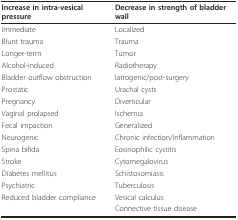
<table><thead><tr><td><b>Increase in intra-vesical pressure</b></td><td><b>Decrease in strength of bladder wall</b></td></tr></thead><tbody><tr><td>Immediate</td><td>Localized</td></tr><tr><td>Blunt trauma</td><td>Trauma</td></tr><tr><td>Longer-term</td><td>Tumor</td></tr><tr><td>Alcohol-induced</td><td>Radiotherapy</td></tr><tr><td>Bladder outflow obstruction</td><td>Iatrogenic/post-surgery</td></tr><tr><td>Prostatic</td><td>Urachal cysts</td></tr><tr><td>Pregnancy</td><td>Diverticular</td></tr><tr><td>Vaginal prolapsed</td><td>Ischemia</td></tr><tr><td>Fecal impaction</td><td>Generalized</td></tr><tr><td>Neurogenic</td><td>Chronic infection/inflammation</td></tr><tr><td>Spina bifida</td><td>Eosinophilic cystitis</td></tr><tr><td>Stroke</td><td>Cytomegalovirus</td></tr><tr><td>Diabetes mellitus</td><td>Schistosomiasis</td></tr><tr><td>Psychiatric</td><td>Tuberculosis</td></tr><tr><td>Reduced bladder compliance</td><td>Vesical calculus</td></tr><tr><td></td><td>Connective tissue disease</td></tr></tbody></table>